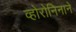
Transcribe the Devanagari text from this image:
व्होरोनिनाने